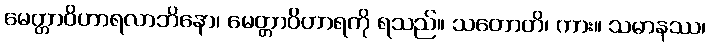
မေတ္တာဝိဟာရလာဘိနော၊ မေတ္တာဝိဟာရကို ရသည်။ သတောတိ၊ ကား။ သမာနဿ၊